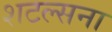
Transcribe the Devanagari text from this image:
शटल्सना